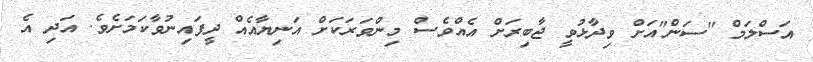
އަސްލަމް "ސަން"އަށް ވިދާޅުވީ ޖާބިރަށް އެއްވެސް މިންވަރަކަށް އަނިޔާއެއް ދީފައިނުވާކަމަަށެވެ. އަދި އެ